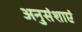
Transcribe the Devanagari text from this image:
अनुसंशाएं